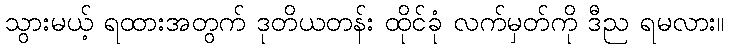
သွားမယ့် ရထားအတွက် ဒုတိယတန်း ထိုင်ခုံ လက်မှတ်ကို ဒီည ရမလား။